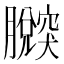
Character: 𦢴